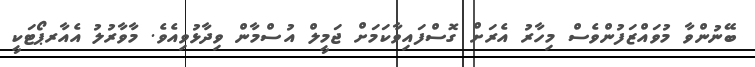
ބޭނުންވާ މުވައްޒަފުންވެސް މިހާރު އެރަށް ގޮސްފައިވާކަމަށް ޖަމީލް އުސްމާން ވިދާޅުވިއެވެ. މާވާރުލު އެއާރޕޯޓަކީ